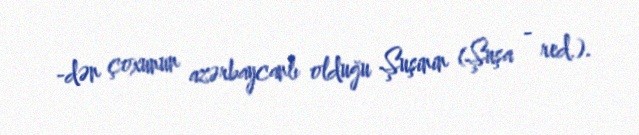
-dən çoxunun azərbaycanlı olduğu Şuşinin (Şuşa - red.).